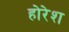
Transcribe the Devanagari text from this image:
होरेश